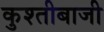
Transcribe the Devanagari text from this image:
कुश्तीबाजी